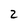
Character: 2